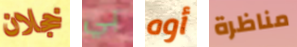
خجلان بي أوه مناظرة